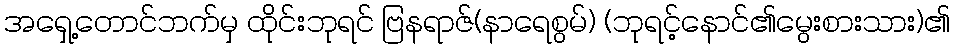
အရှေ့တောင်ဘက်မှ ထိုင်းဘုရင် ဗြနရာဇ်(နာရေစွမ်) (ဘုရင့်နောင်၏မွေးစားသား)၏